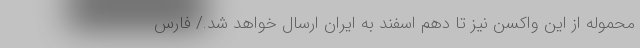
محموله از این واکسن نیز تا دهم اسفند به ایران ارسال خواهد شد./ فارس